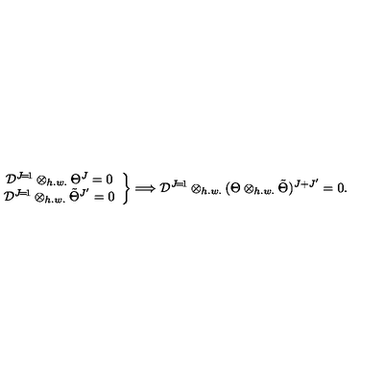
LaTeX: \left. \begin{array} { c } { { \cal D } ^ { J \! = \! 1 } \otimes _ { h . w . } \Theta ^ { J } = 0 } \\ { { \cal D } ^ { J \! = \! 1 } \otimes _ { h . w . } \tilde { \Theta } ^ { J ^ { \prime } } = 0 } \\ \end{array} \right\} \Longrightarrow { \cal D } ^ { J \! = \! 1 } \otimes _ { h . w . } ( \Theta \otimes _ { h . w . } \tilde { \Theta } ) ^ { J + J ^ { \prime } } = 0 .